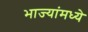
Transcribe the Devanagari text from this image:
भाज्यांमध्ये